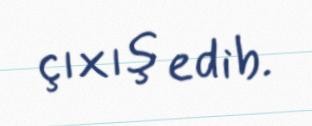
çıxış edib.